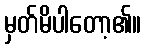
မှတ်မိပါတော့၏။